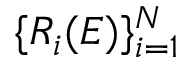
\{ R _ { i } ( E ) \} _ { i = 1 } ^ { N }